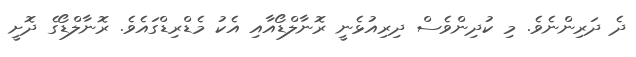
ދެ ދަރިންނެވެ. މި ކުދިންވެސް ދިރިއުޅެނީ ރޮނާލްޑޯއާއި އެކު މެޑްރިޑްގައެވެ. ރޮނާލްޑޯގެ ދޮށީ